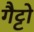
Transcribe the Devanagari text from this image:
गैट्टो